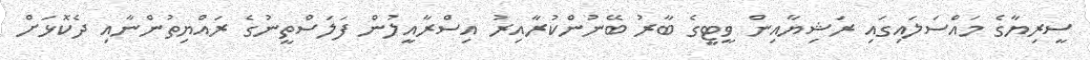
ސީރިޔާގެ މައްސަލައިގައި ރަޝިޔާއިން ވީޓީގެ ބާރު ބޭނުންކުރާއިރު އިސްރާއީލުން ފަލަސްތީނުގެ ރައްޔިތުންނާއި ދެކޮޅަށް